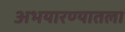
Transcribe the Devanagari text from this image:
अभयारण्यातला